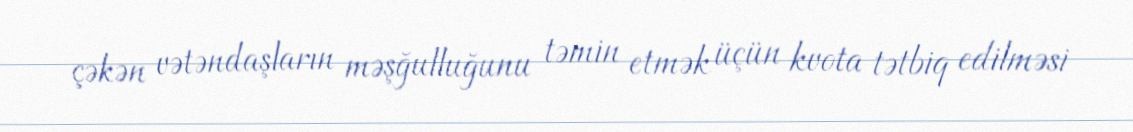
çəkən vətəndaşların məşğulluğunu təmin etmək üçün kvota tətbiq edilməsi